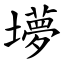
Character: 㙹